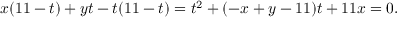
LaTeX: x ( 1 1 - t ) + y t - t ( 1 1 - t ) = t ^ { 2 } + ( - x + y - 1 1 ) t + 1 1 x = 0 .